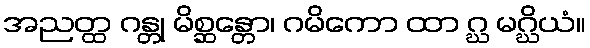
အညတ္ထ ဂန္တု မိစ္ဆန္တော၊ ဂမိကော ထာ ဂ္ဃ မဂ္ဃိယံ။